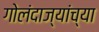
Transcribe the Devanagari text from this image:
गोलंदाज्यांच्या